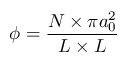
\phi = \frac { N \times \pi a _ { 0 } ^ { 2 } } { L \times L }